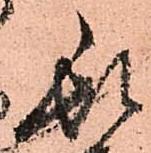
頓